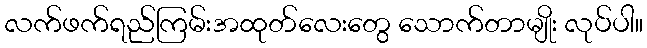
လက်ဖက်ရည်ကြမ်းအထုတ်လေးတွေ သောက်တာမျိုး လုပ်ပါ။